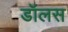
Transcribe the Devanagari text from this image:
डॉलस